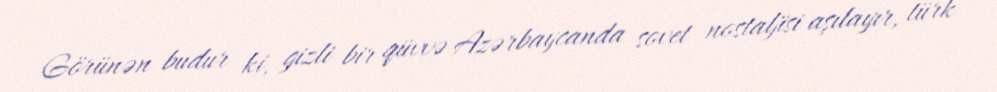
Görünən budur ki, gizli bir qüvvə Azərbaycanda sovet nostaljisi aşılayır, türk